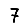
Digit: 7